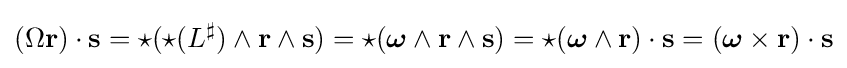
(\Omega \mathbf {r} )\cdot \mathbf {s} ={\star }({\star }(L^{\sharp })\wedge \mathbf {r} \wedge \mathbf {s} )={\star }({\boldsymbol {\omega }}\wedge \mathbf {r} \wedge \mathbf {s} )={\star }({\boldsymbol {\omega }}\wedge \mathbf {r} )\cdot \mathbf {s} =({\boldsymbol {\omega }}\times \mathbf {r} )\cdot \mathbf {s}